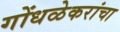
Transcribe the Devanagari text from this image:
गोंधळेकरांचा